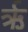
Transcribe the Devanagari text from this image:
र्ऋ